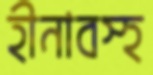
হীনাবস্হ